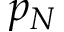
p _ { N }